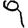
Digit: 9